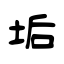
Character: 垢